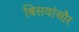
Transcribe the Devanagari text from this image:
बिसवांऔर